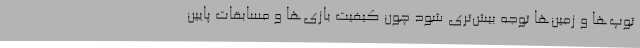
توپ‌ها و زمین‌ها توجه بیش‌تری شود چون کیفیت بازی‌ها و مسابقات پایین